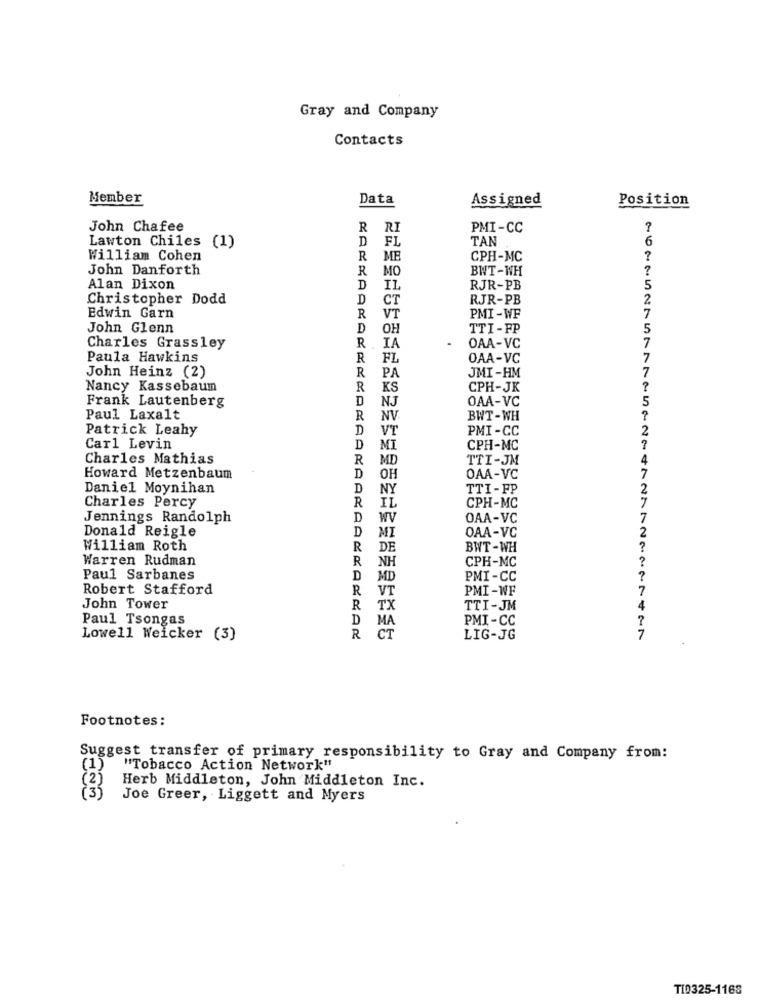
Gray and Company
Contacts
Member
Data
Assigned
Position
John Chafee
R RI
PMI-CC
D
FL
TAN
Lawton Chiles (1)
William Cohen
R ME
CPH-MC
?
John Danforth
R
MO
BWT-WH
?
Alan Dixon
D
IL
RJR-PB
5
Christopher Dodd
D
CT
RJR-PB
PMI-WF
Edwin Garn
R
VT
John Glenn
D
OH
TTI-FP
5
7
Charles Grassley
R
IA
OAA-VC
Paula Hawkins
R
FL
OAA-VC
7
PA
JMI-HM
7
John Heinz (2)
R
Nancy Kassebaum
R
KS
CPH-JK
Frank Lautenberg
NJ
OAA-VC
5
D
Paul Laxalt
R
NV
BWT-WH
Patrick Leahy
D
VT
PMI-CC
2
Carl Levin
D
MI
CPH-MC
Charles Mathias
R
MD
TTI-JM
4
7
Howard Metzenbaum
D
OH
OAA-VC
Daniel Moynihan
D
NY
TTI-FP
2
Charles Percy
IL
7
R
CPH-MC
Jennings Randolph
D
WV
OAA-VC
7
Donald Reigle
MI
OAA-VC
2
D
William Roth
R
DE
BWT -WH
Warren Rudman
R
NH
CPH-MC
?
Paul Sarbanes
D MD
PMI-CC
?
Robert Stafford
R
VT
PMI-WF
SSESSE
7
John Tower
R
TX
TTI-JM
4
Paul Tsongas
D
MA
PMI-CC
?
Lowell Weicker (3)
R CT
LIG-JG
7
Footnotes:
Suggest transfer of primary responsibility to Gray and Company from:
(1)
"Tobacco Action Network"
Herb Middleton, John Middleton Inc.
Joe Greer, Liggett and Myers
TI0325-1168